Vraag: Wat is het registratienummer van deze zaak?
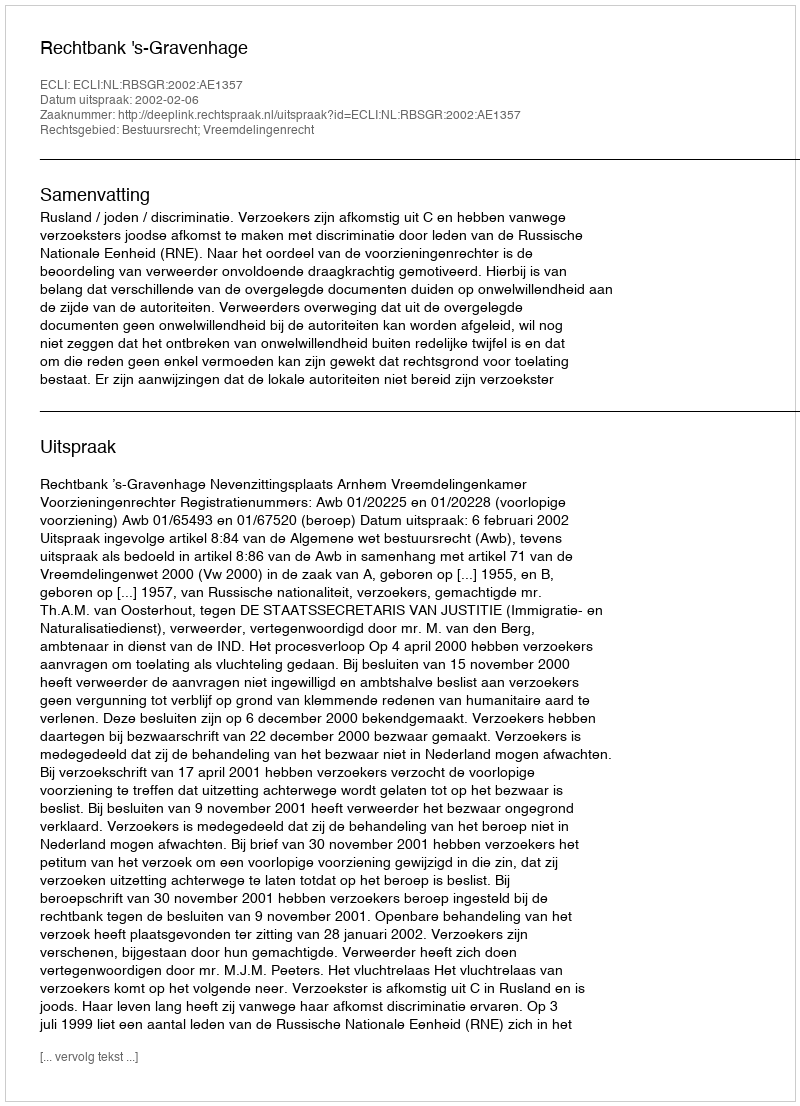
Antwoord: http://deeplink.rechtspraak.nl/uitspraak?id=ECLI:NL:RBSGR:2002:AE1357